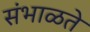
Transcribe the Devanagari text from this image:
संभाळते